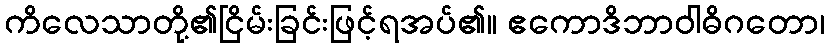
ကိလေသာတို့၏ငြိမ်းခြင်းဖြင့်ရအပ်၏။ ဧကောဒိဘာဝါဓိဂတော၊